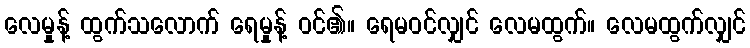
လေမှုန့် ထွက်သလောက် ရေမှုန့် ဝင်၏။ ရေမဝင်လျှင် လေမထွက်။ လေမထွက်လျှင်